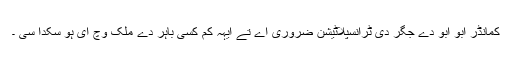
کمانڈر ابو ابو دے جگر دی ٹرانسپلاٹیشن ضروری اے تے ایہہ کم کسی باہر دے ملک وچ ای ہو سکدا سی ۔